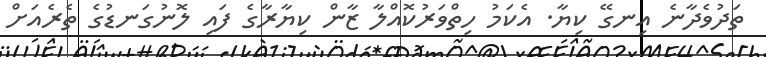
ތަދުވެދާނެ އިނގޭ ކިޔާ. އެކަމު ހިތްވަރުކޮއްލާ ޒާން ކިޔާރާގެ ފައި ލޮނުގަނޑުގެ ތެރެއަށް